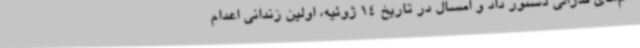
دام‌های فدرالی دستور داد و امسال در تاریخ 14 ژوئیه، اولین زندانی اعدام